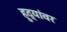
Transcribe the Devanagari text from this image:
हुद्यांवर